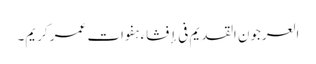
العرجون القدیم فی إفشاء ہفوات عمر کریم۔